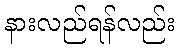
နားလည်ရန်လည်း